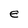
Character: e